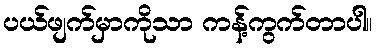
ပယ်ဖျက်မှာကိုသာ ကန့်ကွက်တာပါ။